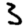
Digit: 3